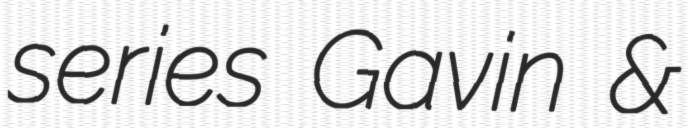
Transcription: series Gavin &